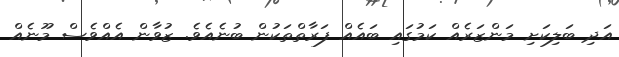
އަދި ބަލިކަށި މަންޒަރެއް ކަމުގައި ބައެއް ފަރާތްތަކުން ބުނެއެވެ. ޒުވާން އެއްވެސް މޫނެއް